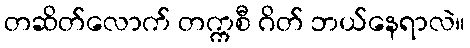
တဆိတ်လောက် တက္ကစီ ဂိတ် ဘယ်နေရာလဲ။